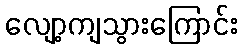
လျော့ကျသွားကြောင်း